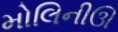
મોલિનીઊ